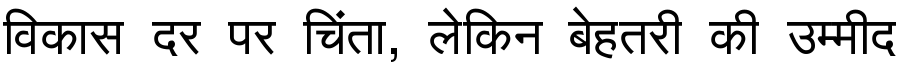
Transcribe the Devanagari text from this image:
विकास दर पर चिंता, लेकिन बेहतरी की उम्मीद